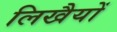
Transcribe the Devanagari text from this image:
लिखैयों